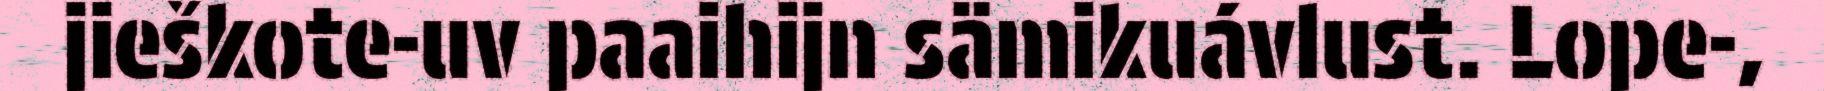
jieškote-uv paaihijn sämikuávlust. Lope-,